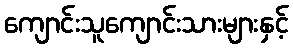
ကျောင်းသူကျောင်းသားများနှင့်